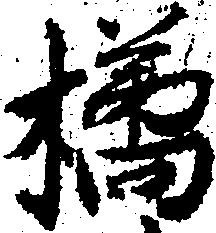
橘